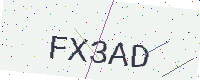
Text: FX3AD